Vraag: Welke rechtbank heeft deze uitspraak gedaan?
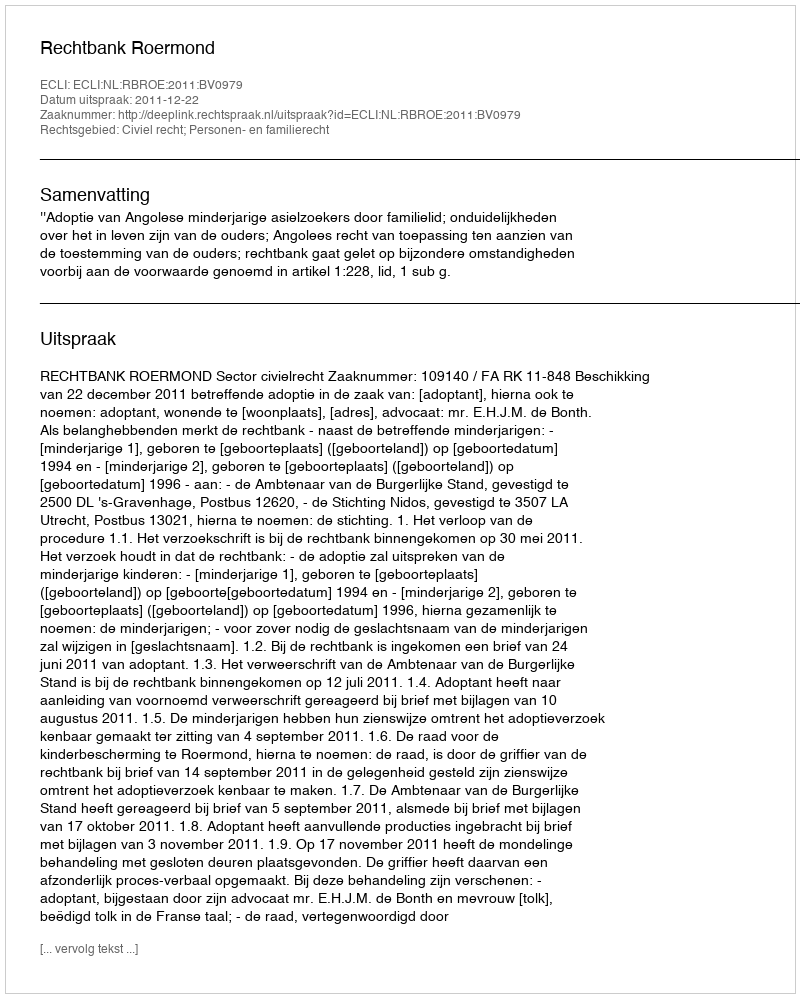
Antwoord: Rechtbank Roermond